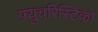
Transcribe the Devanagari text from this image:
फ़्युचरिस्टिको